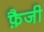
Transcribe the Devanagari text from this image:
फ़ैजी